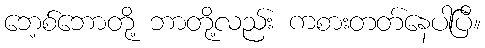
ဘေ့စ်ဘောတို့ ဘာတို့လည်း ကစားတတ်နေပါပြီ။